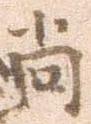
尚